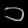
Digit: ၁